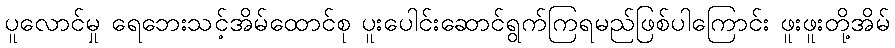
ပူလောင်မှု ရေဘေးသင့်အိမ်ထောင်စု ပူးပေါင်းဆောင်ရွက်ကြရမည်ဖြစ်ပါကြောင်း ဖူးဖူးတို့အိမ်